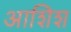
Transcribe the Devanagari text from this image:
आशिश